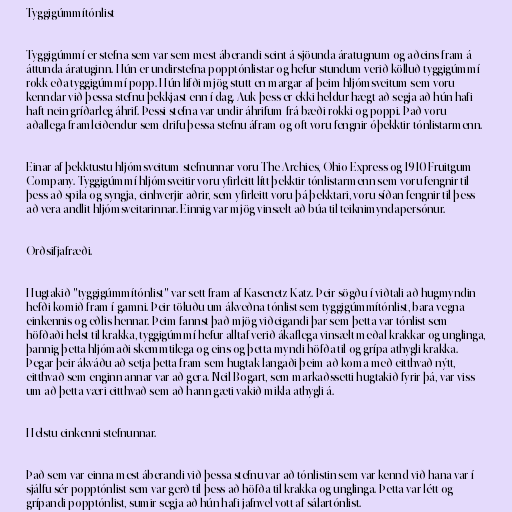
Tyggigúmmítónlist

Tyggigúmmí er stefna sem var sem mest áberandi seint á sjöunda áratugnum og aðeins fram á
áttunda áratuginn. Hún er undirstefna popptónlistar og hefur stundum verið kölluð tyggigúmmí
rokk eða tyggigúmmí popp. Hún lifði mjög stutt en margar af þeim hljómsveitum sem voru
kenndar við þessa stefnu þekkjast enn í dag. Auk þess er ekki heldur hægt að segja að hún hafi
haft nein gríðarleg áhrif. Þessi stefna var undir áhrifum frá bæði rokki og poppi. Það voru
aðallega framleiðendur sem drifu þessa stefnu áfram og oft voru fengnir óþekktir tónlistarmenn.

Einar af þekktustu hljómsveitum stefnunnar voru The Archies, Ohio Express og 1910 Fruitgum
Company. Tyggigúmmí hljómsveitir voru yfirleitt lítt þekktir tónlistarmenn sem voru fengnir til
þess að spila og syngja, einhverjir aðrir, sem yfirleitt voru þá þekktari, voru síðan fengnir til þess
að vera andlit hljómsveitarinnar. Einnig var mjög vinsælt að búa til teiknimyndapersónur.

Orðsifjafræði.

Hugtakið "tyggigúmmítónlist" var sett fram af Kasenetz-Katz. Þeir sögðu í viðtali að hugmyndin
hefði komið fram í gamni. Þeir töluðu um ákveðna tónlist sem tyggigúmmítónlist, bara vegna
einkennis og eðlis hennar. Þeim fannst það mjög viðeigandi þar sem þetta var tónlist sem
höfðaði helst til krakka, tyggigúmmí hefur alltaf verið ákaflega vinsælt meðal krakkar og unglinga,
þannig þetta hljómaði skemmtilega og eins og þetta myndi höfða til og grípa athygli krakka.
Þegar þeir ákváðu að setja þetta fram sem hugtak langaði þeim að koma með eitthvað nýtt,
eitthvað sem enginn annar var að gera. Neil Bogart, sem markaðssetti hugtakið fyrir þá, var viss
um að þetta væri eitthvað sem að hann gæti vakið mikla athygli á.

Helstu einkenni stefnunnar.

Það sem var einna mest áberandi við þessa stefnu var að tónlistin sem var kennd við hana var í
sjálfu sér popptónlist sem var gerð til þess að höfða til krakka og unglinga. Þetta var létt og
grípandi popptónlist, sumir segja að hún hafi jafnvel vott af sálartónlist.